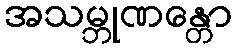
အသမ္ဘုဏန္တော